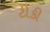
ટીકી